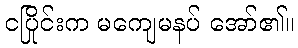
ငပြိုင်းက မကျေမနပ် အော်၏။